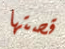
قصتها